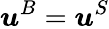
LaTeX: \boldsymbol{u}^{B}=\boldsymbol{u}^{S}